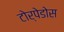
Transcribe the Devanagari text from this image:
टोर्पेडोस